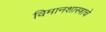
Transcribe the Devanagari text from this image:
विमानशास्त्राचे